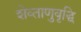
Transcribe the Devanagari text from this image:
शेव्ताणुवृद्धि